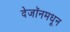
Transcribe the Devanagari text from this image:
देजॉनमधून